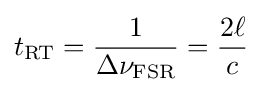
t_{\rm {RT}}={\frac {1}{\Delta \nu _{\rm {FSR}}}}={\frac {2\ell }{c}}